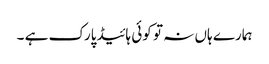
ہمارے ہاں نہ تو کوئی ہائیڈپارک ہے ۔